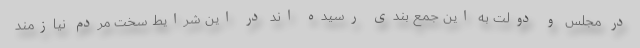
در مجلس و دولت به این جمع بندی رسیده اند در این شرایط سخت مردم نیازمند